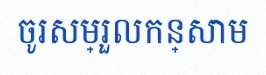
ចូរសម្រួលកន្សោម